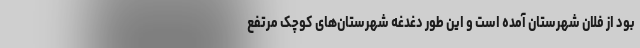
بود از فلان شهرستان آمده است و این طور دغدغه شهرستان‌های کوچک مرتفع